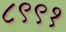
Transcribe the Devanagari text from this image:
८९९१